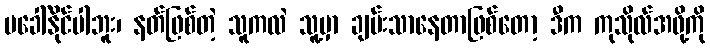
မခေါ်နိုင်ပါဘူး၊ နတ်ဖြစ်တဲ့ သူကလဲ သူ့မှာ ချမ်းသာနေတာဖြစ်တော့ ဒီက ကုသိုလ်အဖို့ကို